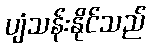
ပျံသန်းနိုင်သည်